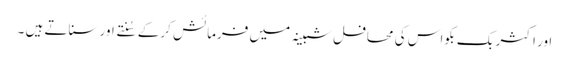
اور اکثر بک بکواس کی محافل شبینہ میں فرمائش کرکے سُنتے اور سناتے ہیں ۔